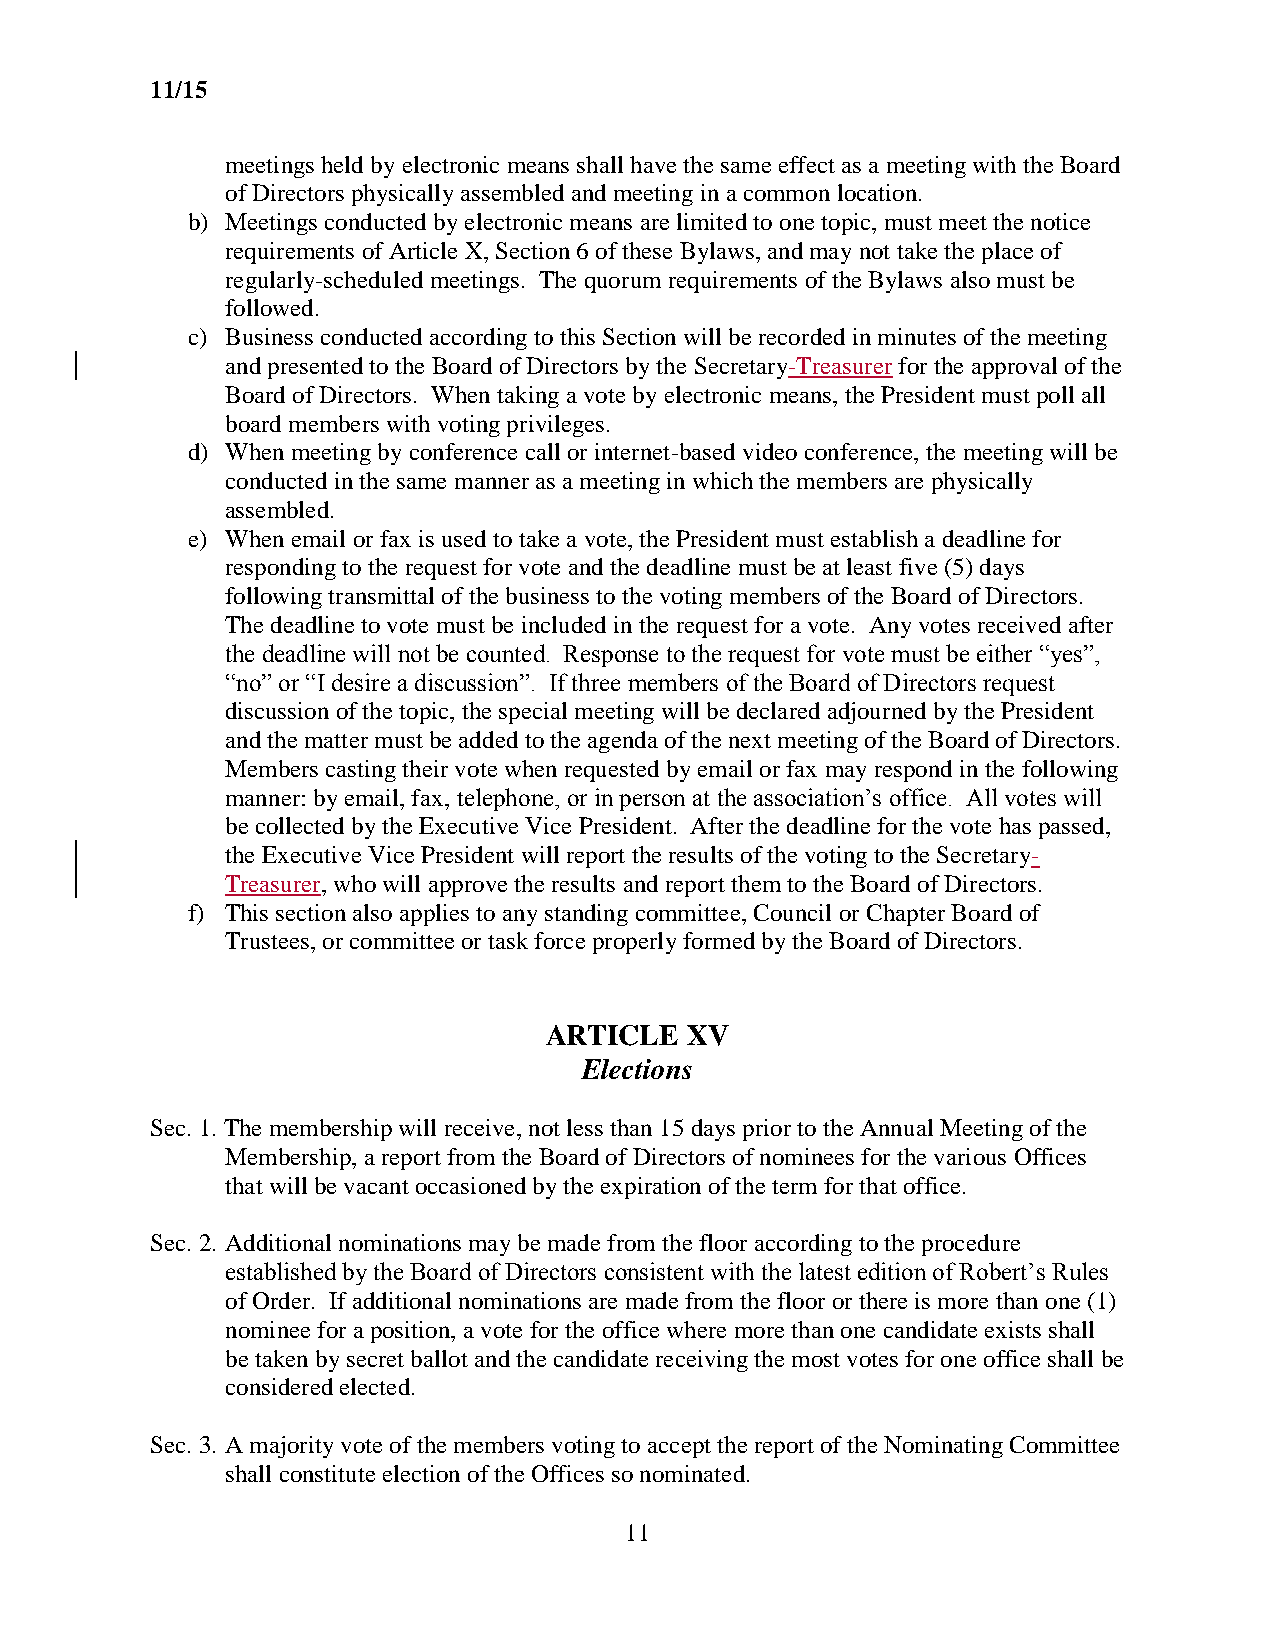
11/15
 meetings held by electronic means shall have the same effect as a meeting with the Board
 of Directors physically assembled and meeting in a common location.
 b) Meetings conducted by electronic means are limited to one topic, must meet the notice
 requirements of Article X, Section 6 of these Bylaws, and may not take the place of
 regularly-scheduled meetings. The quorum requirements of the Bylaws also must be
 followed.
 c) Business conducted according to this Section will be recorded in minutes of the meeting
 and presented to the Board of Directors by the Secretary-Treasurer for the approval of the
 Board of Directors. When taking a vote by electronic means, the President must poll all
 board members with voting privileges.
 d) When meeting by conference call or internet-based video conference, the meeting will be
 conducted in the same manner as a meeting in which the members are physically
 assembled.
 e) When email or fax is used to take a vote, the President must establish a deadline for
 responding to the request for vote and the deadline must be at least five (5) days
 following transmittal of the business to the voting members of the Board of Directors.
 The deadline to vote must be included in the request for a vote. Any votes received after
 the deadline will not be counted. Response to the request for vote must be either “yes”,
 “no” or “I desire a discussion”. If three members of the Board of Directors request
 discussion of the topic, the special meeting will be declared adjourned by the President
 and the matter must be added to the agenda of the next meeting of the Board of Directors.
 Members casting their vote when requested by email or fax may respond in the following
 manner: by email, fax, telephone, or in person at the association’s office. All votes will
 be collected by the Executive Vice President. After the deadline for the vote has passed,
 the Executive Vice President will report the results of the voting to the Secretary-
 Treasurer, who will approve the results and report them to the Board of Directors.
 f) This section also applies to any standing committee, Council or Chapter Board of
 Trustees, or committee or task force properly formed by the Board of Directors.
 ARTICLE  XV
 Elections
 Sec. 1. The membership will receive, not less than 15 days prior to the Annual Meeting of the
 Membership, a report from the Board of Directors of nominees for the various Offices
 that will be vacant occasioned by the expiration of the term for that office.
 Sec. 2. Additional nominations may be made from the floor according to the procedure
 established by the Board of Directors consistent with the latest edition of Robert’s Rules
 of Order. If additional nominations are made from the floor or there is more than one (1)
 nominee for a position, a vote for the office where more than one candidate exists shall
 be taken by secret ballot and the candidate receiving the most votes for one office shall be
 considered elected.
 Sec. 3. A majority vote of the members voting to accept the report of the Nominating Committee
 shall constitute election of the Offices so nominated.
 11